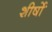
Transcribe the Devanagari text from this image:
शीर्षोॱ